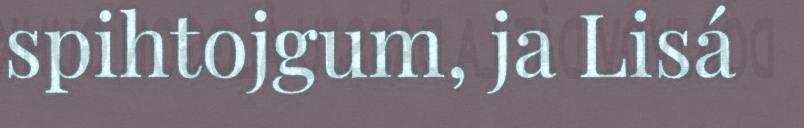
spihtojgum, ja Lisá